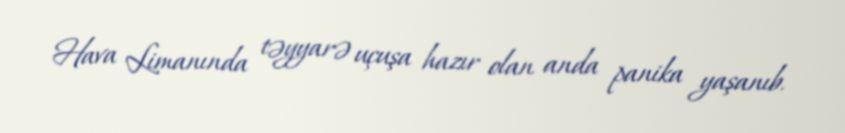
Hava Limanında təyyarə uçuşa hazır olan anda panika yaşanıb.